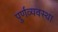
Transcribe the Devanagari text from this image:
पुर्णव्यवस्था